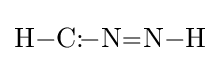
{\ce {H-C{:}\!-N=N-H}}